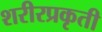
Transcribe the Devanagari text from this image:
शरीरप्रकृती